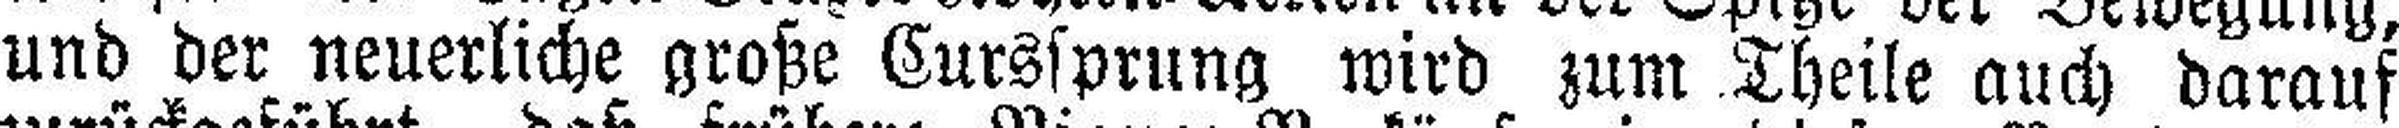
und der neuerliche große Curssprung wird zum Theile auch darauf